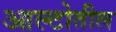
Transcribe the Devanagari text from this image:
आल्टोतील